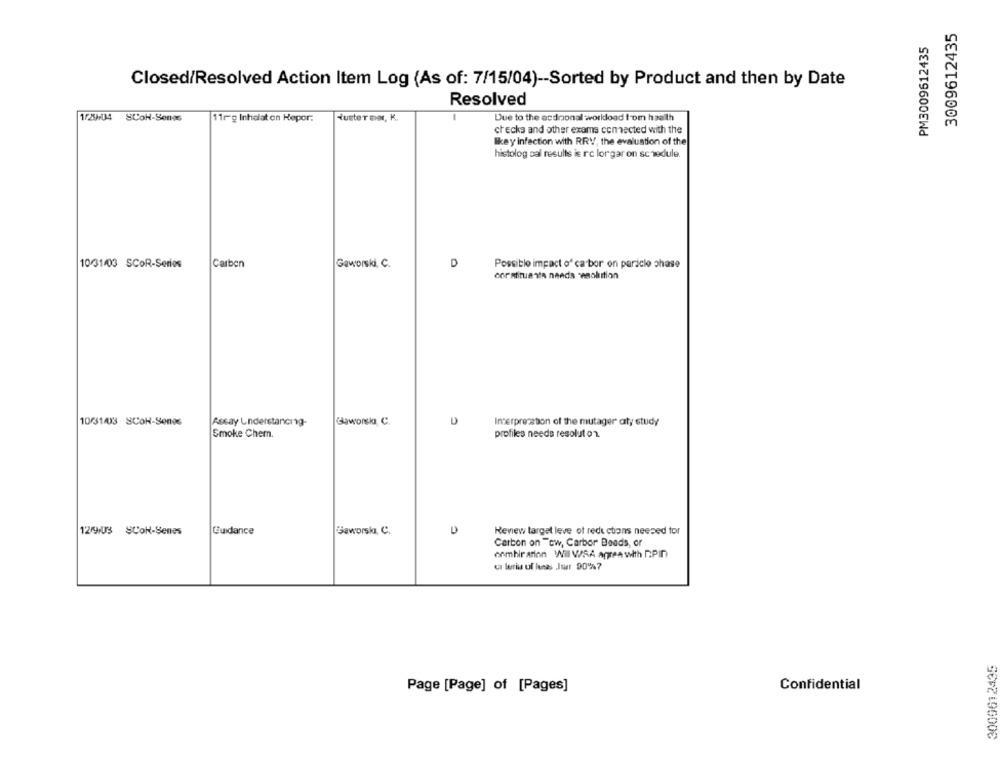
3009612435
PM3009612435
Closed/Resolved Action Item Log (As of: 7/15/04) -- Sorted by Product and then by Date
Resolved
1/29-04 SCON-Senas
11rg Inhalat on Hepor.
tusteTeor, K.
Due to the acdnonal workdoad tom haalth
checks and other exams connected with the
likey infection with RRV, the evaluation of the
histolog sal results is rc lorgar on schedule.
10/31/03 SCOR-Series
Carbon
Gaworski, C.
D
Possible impact of ca bor on paricle phase
corntituants nands -wachition
10/31/03 SCON-Sonos
Assay Understanding-
Gaworsk C.
D
Interpretation of the mutager aty study
Smoke Chem.
profiles needs resolut on
C
12/9/03 SCON-Senes
Guidance
Gaworski, C.
Renew target leve of redu ctions needed for
Carbon on "cw, Carbor Beads, or
onmbir arion Will WSA agree with nPin
ca lerius uf lesal .Inur 90%?
3009612435
Page [Page] of [Pages]
Confidential